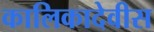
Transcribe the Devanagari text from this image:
कालिकादेवीस